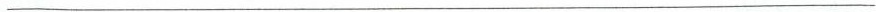
___